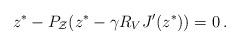
LaTeX: \begin{align*} z^* - P_{\mathcal{Z}}(z^* - \gamma R_V J'(z^*)) = 0\,.\end{align*}